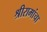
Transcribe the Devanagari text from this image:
श्रीरामांचा